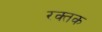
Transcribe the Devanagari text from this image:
रक्‍तक